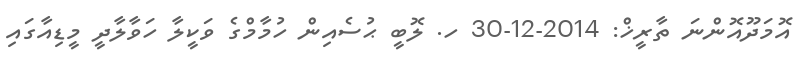
އޮމަދޫއޮންނަ ތާރީޚް: 2014-12-30 ހ. ލޮބީ ޙުސެއިން ހުމާމްގެ ވަކީލާ ހަވާލާދީ މީޑިއާގައި